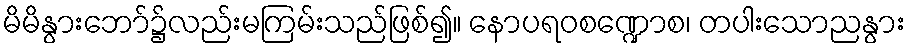
မိမိနွားဘော်၌လည်းမကြမ်းသည်ဖြစ်၍။ နောပရဝစဏ္ဍောစ၊ တပါးသောညနွား